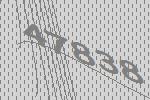
47838